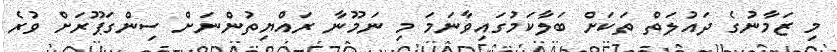
މި ޒަމާނުގެ ދައުލަތް ތަކަށް ބަލާކަމުގައިވާނަމަ މި ނަމޫނާ ރައްޔިތުންނަަށް ސިންގަޕޫރަށް ވުރެ